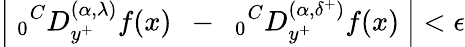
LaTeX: \left|~_{0}{}^{C}D_{y^{+}}^{(\alpha,{\lambda})}f(x)~~-~~{}_{0}{}^{C}D_{y^{+}}^{(\alpha,{\delta^{+}})}f(x)~\right|<\epsilon